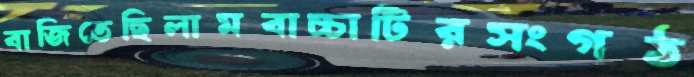
বাজিতেছিলামবাচ্চাটিরসংগঠ